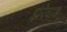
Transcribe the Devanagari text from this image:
झरेवाड